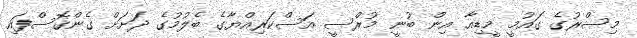
މިސްރުގެ ގައުމީ މީޑިއާ އިން ބުނީ މުރްސީ އަސްކަރިއްޔާގެ ބެލުމުގެ ދަށަށް ގެންގޮސްފައި